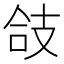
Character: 𢻆